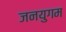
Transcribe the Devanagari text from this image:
जनयुगम